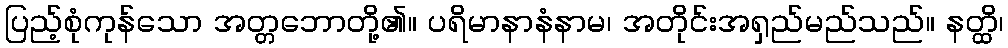
ပြည့်စုံကုန်သော အတ္တဘောတို့၏။ ပရိမာနာနံနာမ၊ အတိုင်းအရှည်မည်သည်။ နတ္ထိ၊